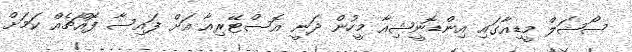
ސޯޝަލް މީޑިއާގައި އިންޑޮނީޝިއާ މީހުން ދަނީ އޮސްޓޭރިއާ އަށް ފައިސާ ފޮއްޗެއް ކަމަށް